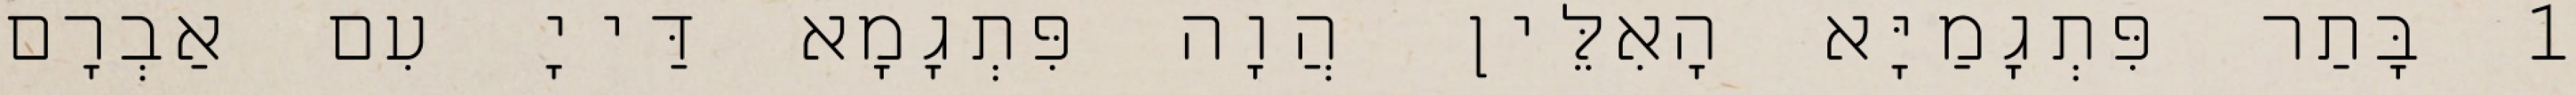
1 בָּתַר פִּתְגָמַיָּא הָאִלֵּין הֲוָה פִּתְגָמָא דַּייָ עִם אַבְרָם